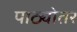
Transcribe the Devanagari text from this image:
पाठ्योतर